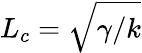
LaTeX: L_{c}=\sqrt{\gamma/k}